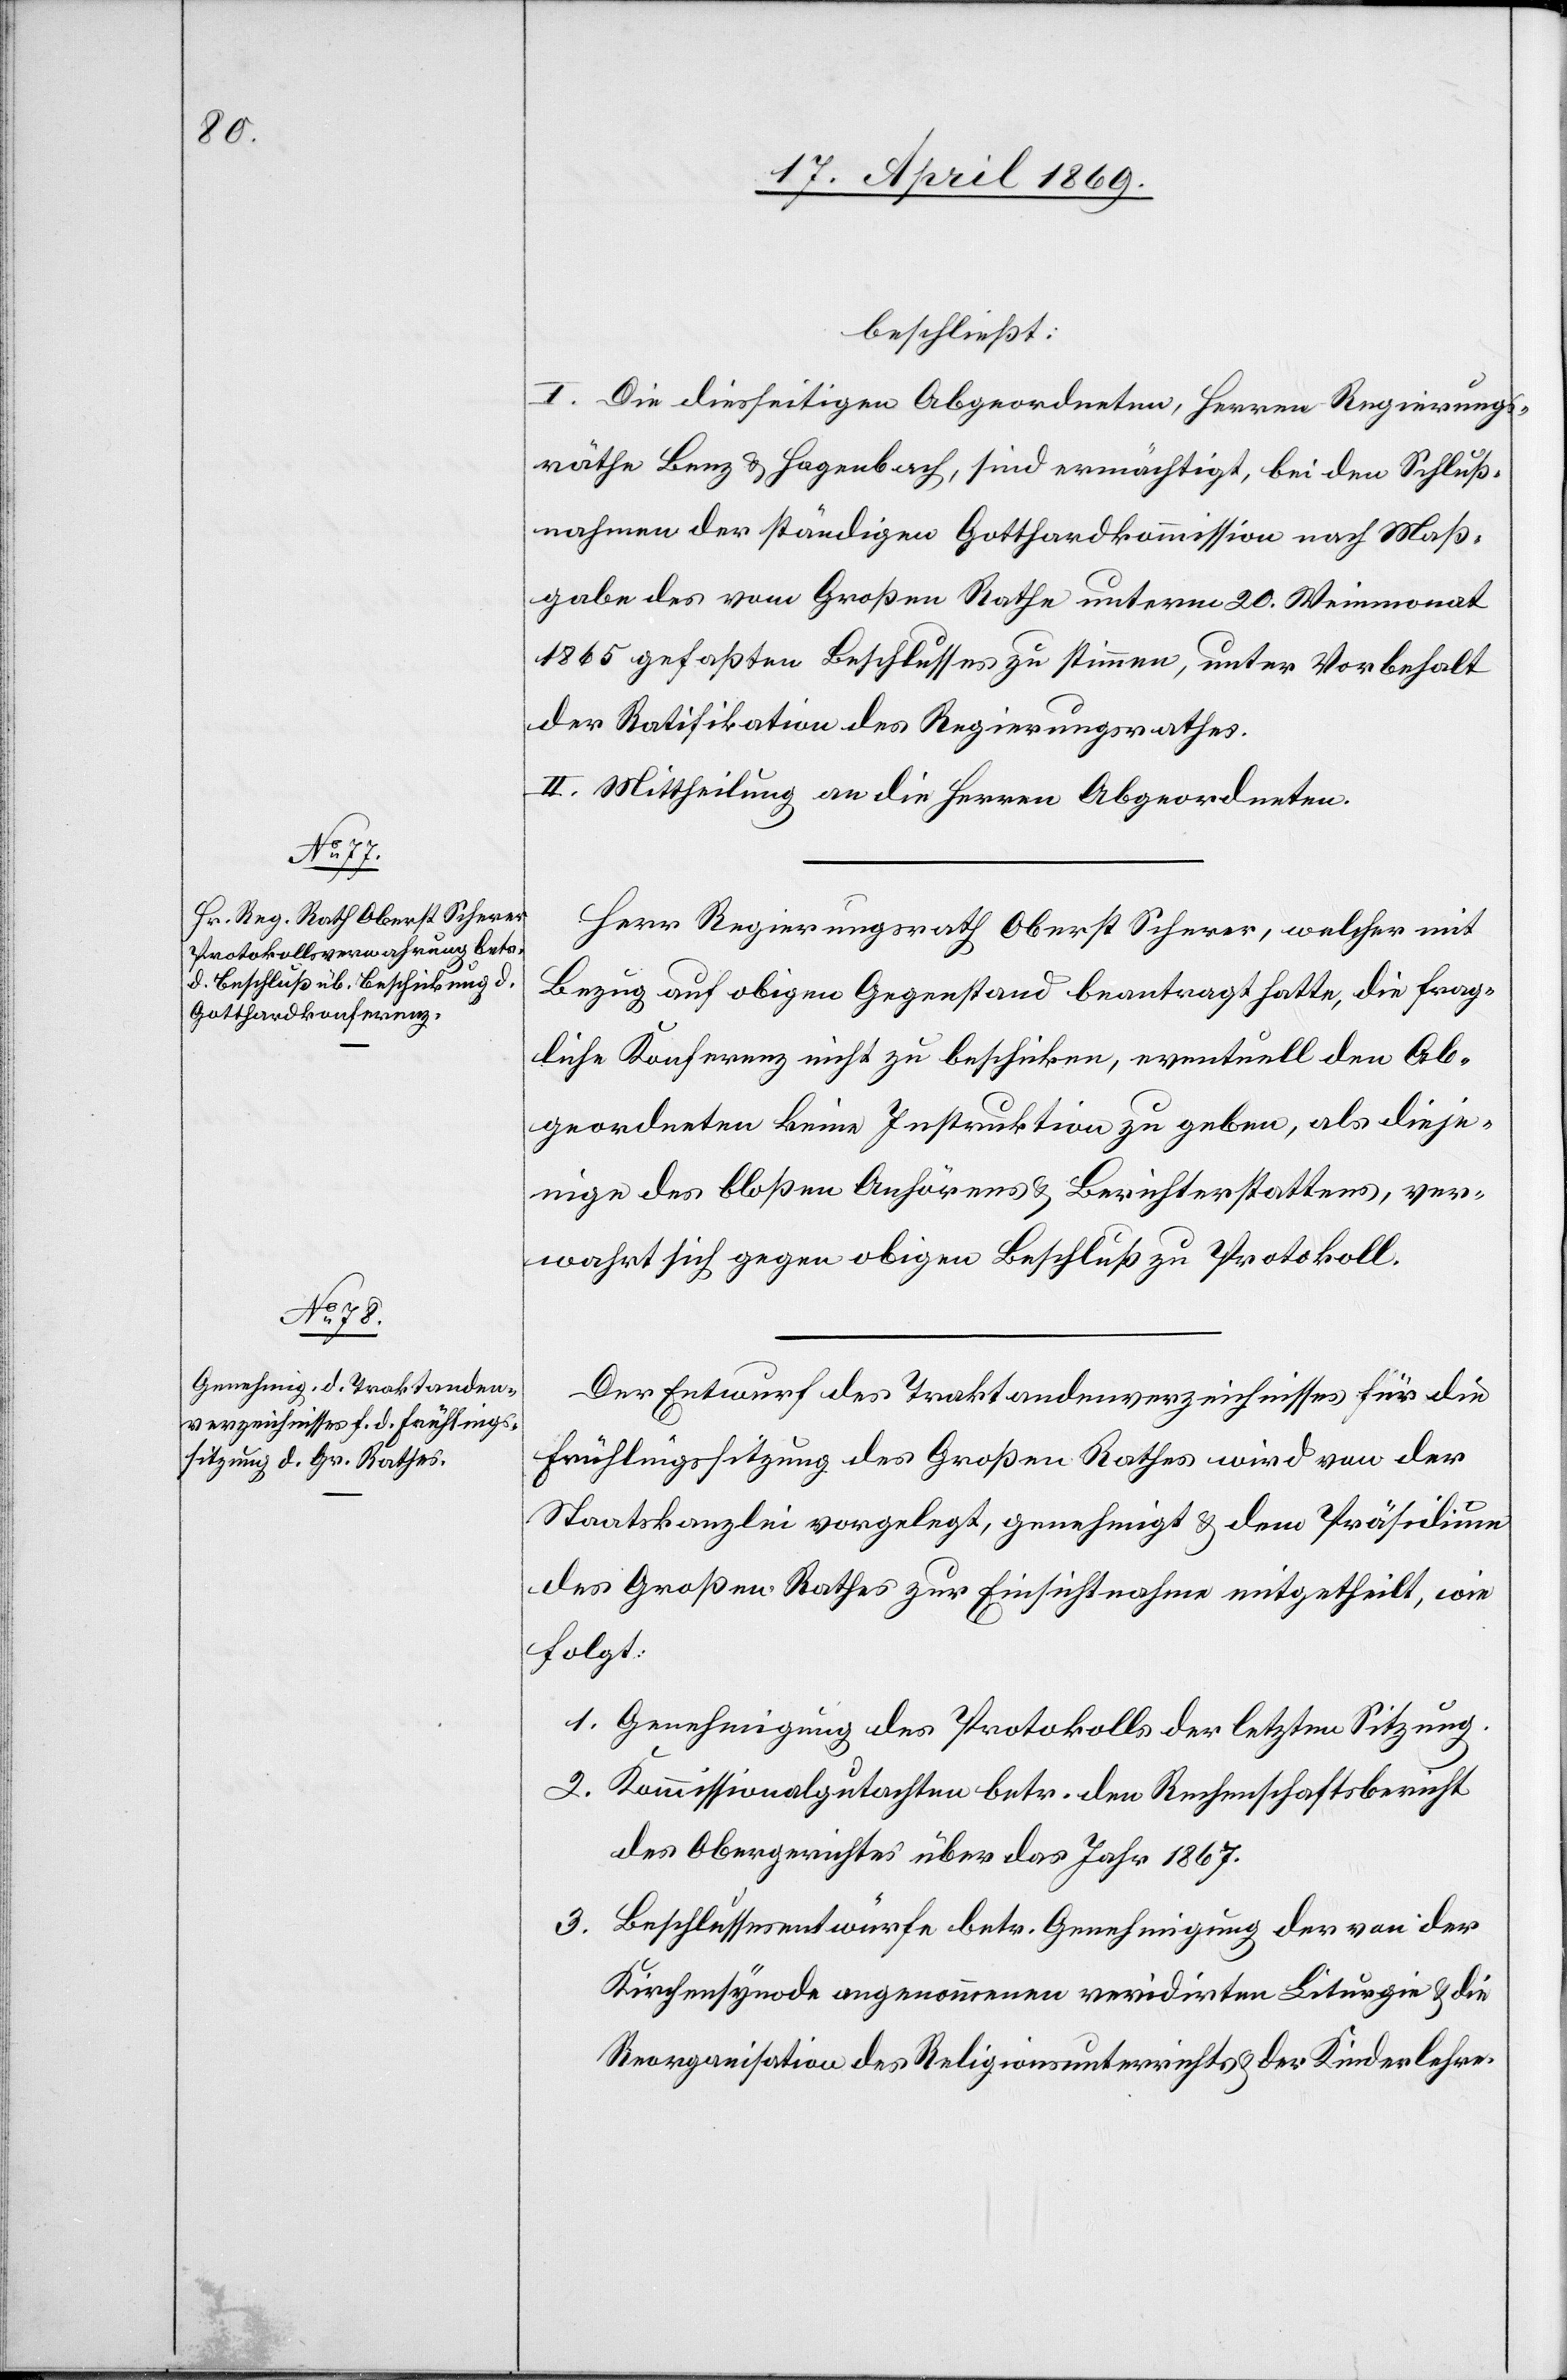
beschließt:
I. Die diesseitigen Abgeordneten, Herrn Regierungs¬
räthe Benz u. Hagenbuch, sind ermächtigt, bei den Schluß¬
nahmen der ständigen Gotthardkommission nach Maß¬
gabe des vom Großen Rathe unterm 20. Weinmonat
1865 gefaßten Beschlusses zu stimmen, unter Vorbehalt
der Ratifikation des Regierungsrathes.
II. Mittheilung an die Herren Abgeordneten.
Herr Regierungsrath Oberst Scherer, welcher mit
Bezug auf obigen Gegenstand beantragt hatte, die frag¬
liche Konferenz nicht zu beschicken, eventuell den Ab¬
geordneten keine Instruktion zu geben, als dieje¬
nige des bloßen Anhörens u. Berichterstattens, ver¬
wahrt sich gegen obigen Beschluß zu Protokoll.
Der Entwurf des Traktandenverzeichnisses für die
Frühlingssitzung des Großen Rathes wird von der
Staatskanzlei vorgelegt, genehmigt u. dem Präsidium
des Großen Rathes zur Einsichtnahme mitgetheilt, wie
folgt:
1. Genehmigung des Protokolls der letzten Sitzung.
2. Kommissionalgutachten betr. den Rechenschaftsbericht
des Obergerichtes über das Jahr 1867.
3. Beschlussesentwürfe betr. Genehmigung der von der
Kirchensynode angenommenen revidirten Liturgie u. die
Reorganisation des Religionsunterrichtes u. der Kinderlehre.